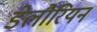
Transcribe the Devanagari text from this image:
डेलौरियन